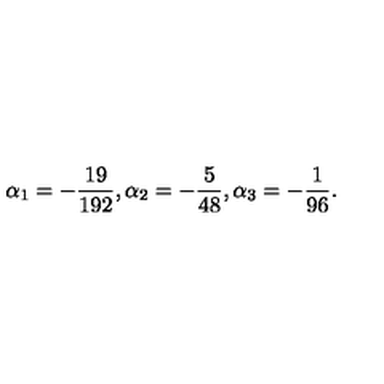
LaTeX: \alpha _ { 1 } = - \frac { 1 9 } { 1 9 2 } , \alpha _ { 2 } = - \frac { 5 } { 4 8 } , \alpha _ { 3 } = - \frac { 1 } { 9 6 } .